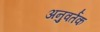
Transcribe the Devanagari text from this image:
अनुवर्तक